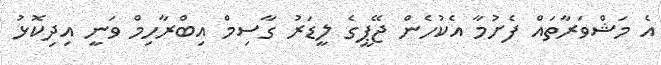
އެ މަޝްވަރާތައް ފެށުމާ އެކުހެން ޖޭޕީގެ ލީޑަރު ގާސިމް އިބްރާހިމް ވަނީ އިދިކޮޅު